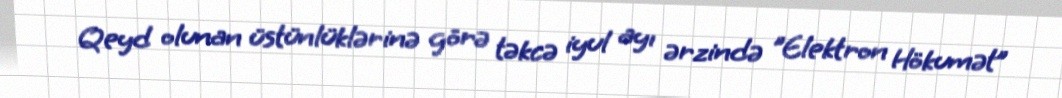
Qeyd olunan üstünlüklərinə görə təkcə iyul ayı ərzində "Elektron Hökumət”